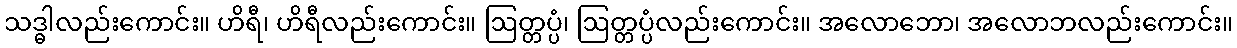
သဒ္ဓါလည်းကောင်း။ ဟိရီ၊ ဟိရီလည်းကောင်း။ ဩတ္တပ္ပံ၊ ဩတ္တပ္ပံလည်းကောင်း။ အလောဘော၊ အလောဘလည်းကောင်း။